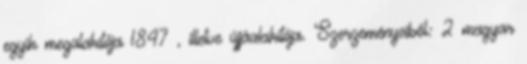
egyik megalakítója 1847 , illetve újjáalakítója. Szerzeményeiből: 2 magyar